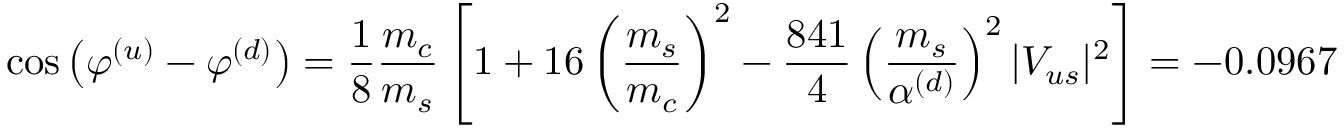
\cos \left( \varphi ^ { ( u ) } - \varphi ^ { ( d ) } \right) = \frac { 1 } { 8 } \frac { m _ { c } } { m _ { s } } \left[ 1 + 1 6 \left( \frac { m _ { s } } { m _ { c } } \right) ^ { 2 } - \frac { 8 4 1 } { 4 } \left( \frac { m _ { s } } { \alpha ^ { ( d ) } } \right) ^ { 2 } | V _ { u s } | ^ { 2 } \right] = - 0 . 0 9 6 7